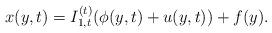
LaTeX: \begin{align*}x(y,t) = I_{1,t}^{(t)}(\phi (y,t) + u(y,t)) + f(y).\end{align*}